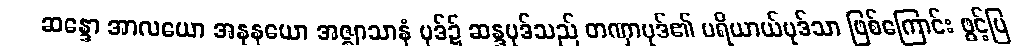
ဆန္ဒော အာလယော အနုနယော အဇ္ဈာသာနံ ပုဒ်၌ ဆန္ဒပုဒ်သည် တဏှာပုဒ်၏ ပရိယာယ်ပုဒ်သာ ဖြစ်ကြောင်း ဖွင့်ပြ